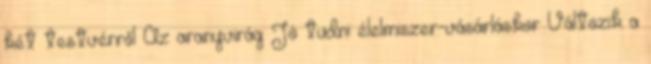
két testvérről Az aranyvirág Jó tudni élelmiszer-vásárláskor Változik a